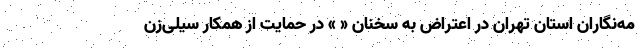
مه‌نگاران استان تهران در اعتراض به سخنان « » در حمایت از همکار سیلی‌زن